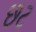
છટ